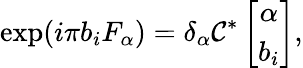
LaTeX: \exp(i\pi b_{i}F_{\alpha})={\delta}_{\alpha}{\cal C}^{*}\left[\begin{array}{c}{{{\alpha}}}\\ {{b_{i}}}\end{array}\right],